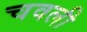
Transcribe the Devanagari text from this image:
चवली